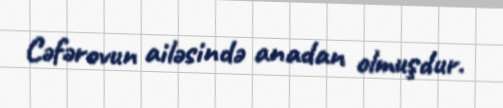
Cəfərovun ailəsində anadan olmuşdur.